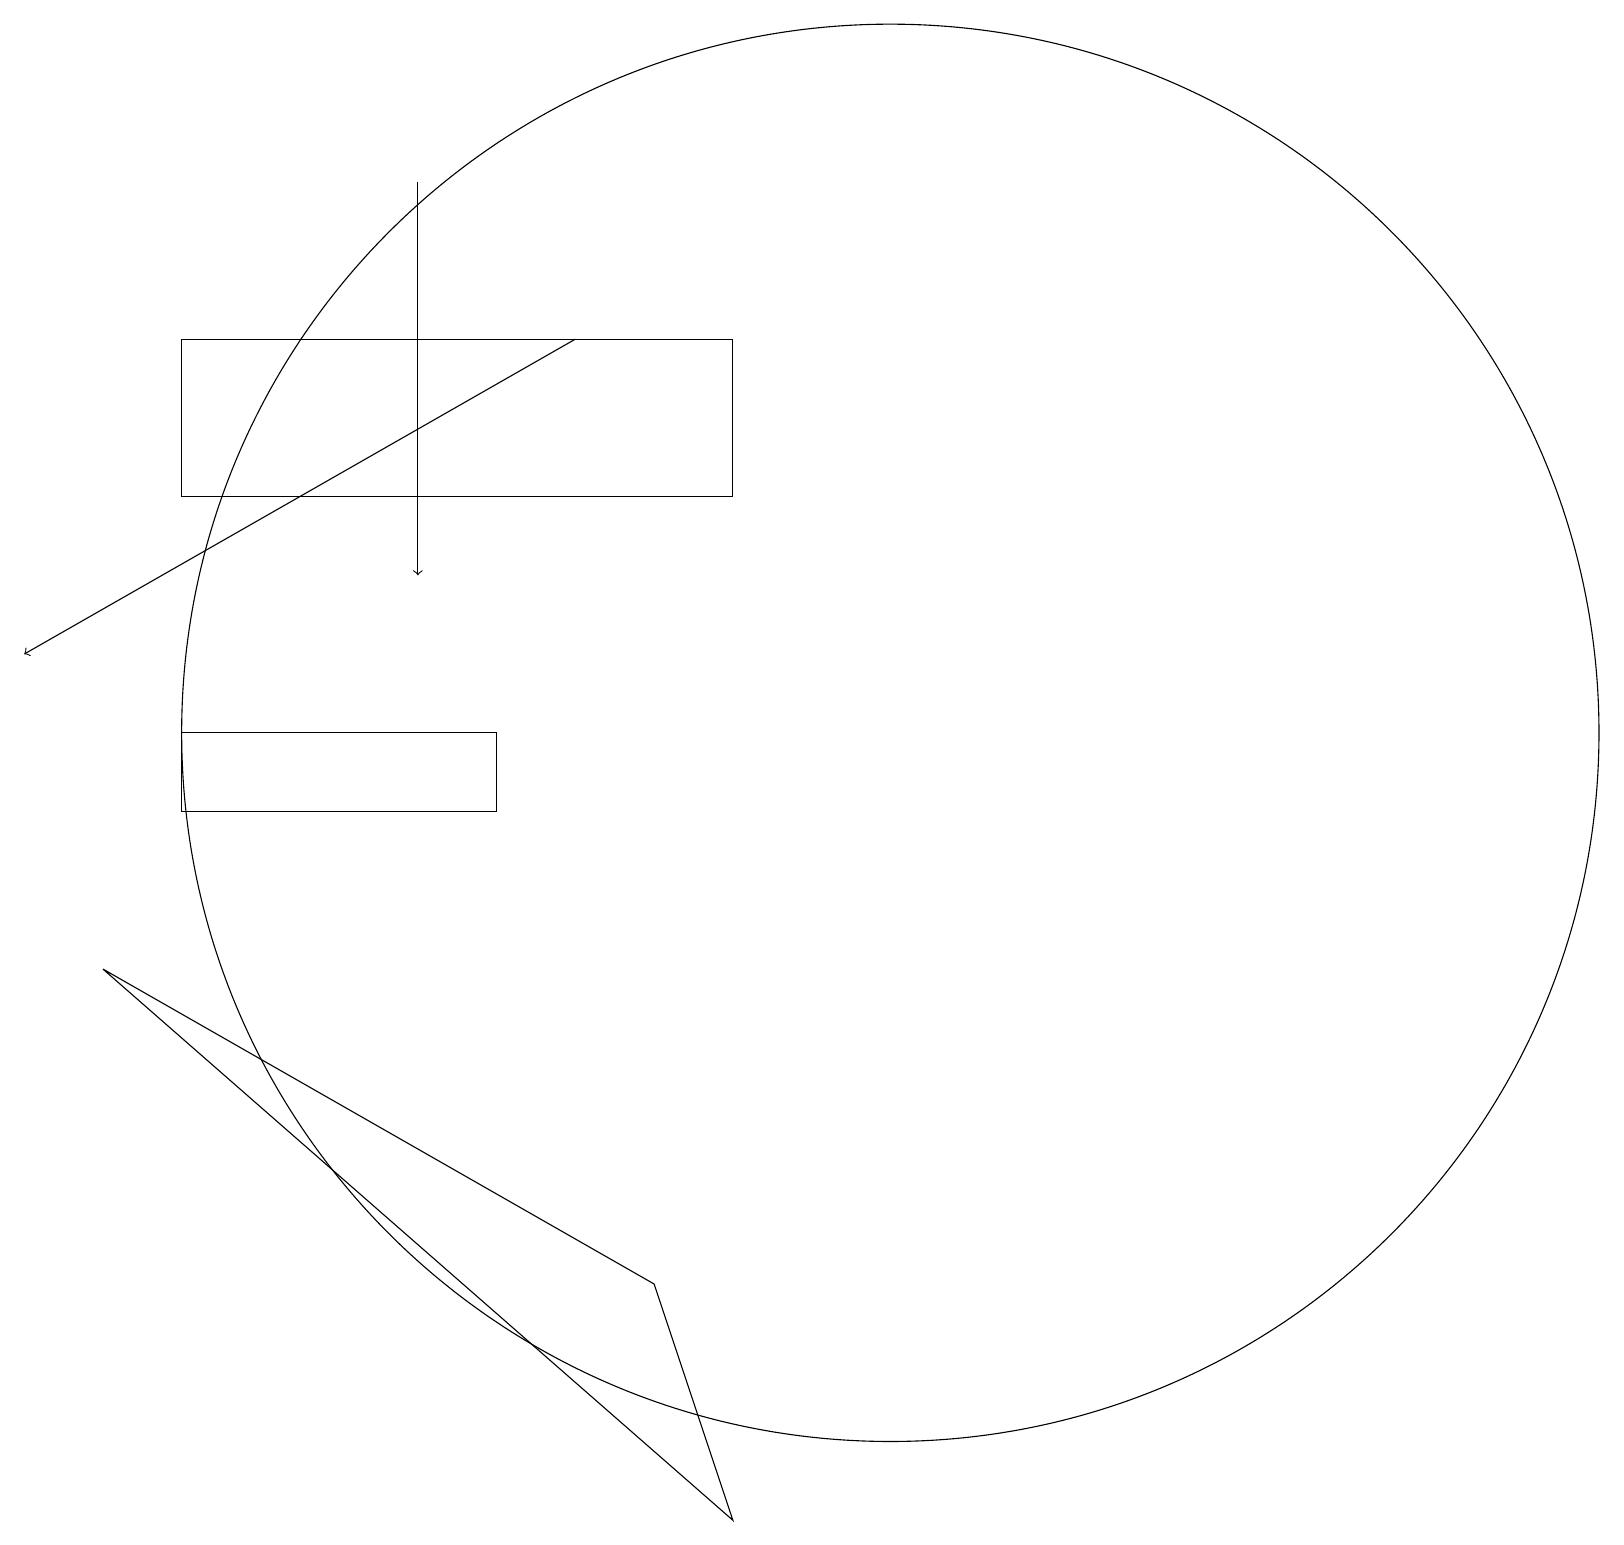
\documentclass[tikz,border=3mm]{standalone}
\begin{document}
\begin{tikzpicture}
\draw (6,11) rectangle (2,10);
\draw (9,16) rectangle (2,14);
\draw[->] (5,18) -- (5,13);
\draw[->] (7,16) -- (0,12);
\draw (1,8) -- (8,4) -- (9,1) -- cycle;
\draw (11,11) circle (9);
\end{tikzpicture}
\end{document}